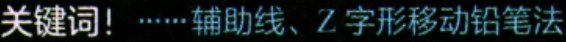
关键词！……辅助线、Z 字形移动铅笔法